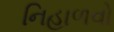
નિહાળવો